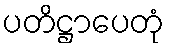
ပတိဋ္ဌာပေတုံ